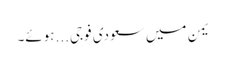
یمن میں سعودی فوجی... ہوئے۔